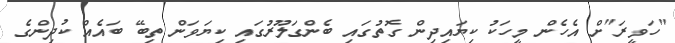
"ހަވީރަ"ށް އެހެން މީހަކު ކިޔައިދިން ގޮތުގައި ބެންގަލޫރުގައި ކިޔަވަން ތިބޭ ބައެއް ކުދިންގެ